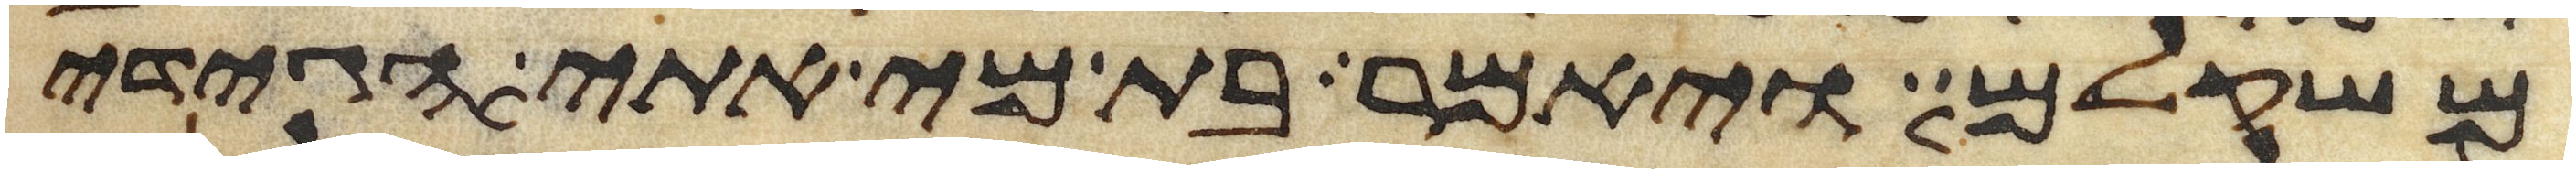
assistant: משקלם ויאמר בת מי אתי הגידי